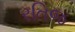
રતિજ